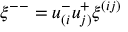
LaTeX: \xi ^ { -- } = u _ { ( i } ^ { - } u _ { j ) } ^ { + } \xi ^ { ( i j ) } \nonumber \,